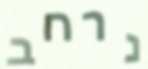
נרחב